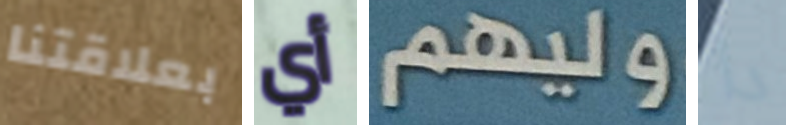
بعلاقتنا أي وليهم دا